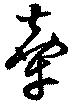
牽